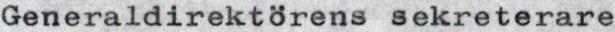
Generaldirektörens sekreterare